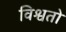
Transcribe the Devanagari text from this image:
विश्वतो